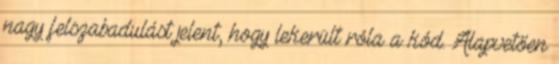
nagy felszabadulást jelent, hogy lekerült róla a kód. Alapvetően